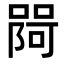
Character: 𭊎